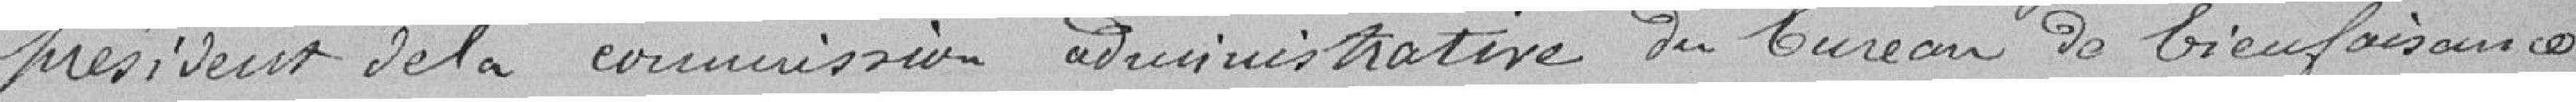
président de la commission administrative du bureau de bienfaisance